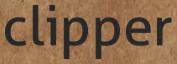
clipper